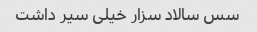
سس سالاد سزار خیلی سیر داشت